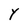
Character: Y